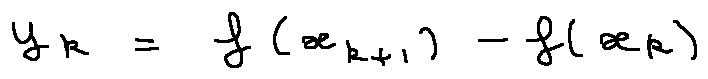
y _ { k } = f ( x _ { k + 1 } ) - f ( x _ { k } )